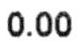
0.00